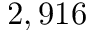
2 , 9 1 6